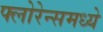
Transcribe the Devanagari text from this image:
फ्लोरेन्समध्ये